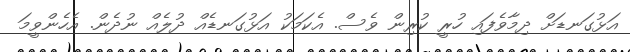
އަޅުގަނޑަށް ދިމާވެފައި ހުރީ ކުރިން ވެސް. އެކަމަކު އަޅުގަނޑެއް ދުލެއް ނުދެން. އެހެންވީމަ